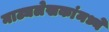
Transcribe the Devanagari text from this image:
नाट्यलेखकांमध्ये